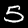
Digit: 5